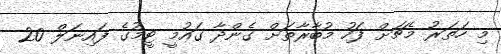
މި ހަތަރު މެޗަށް ފަހު މުބާރާތަށް ގެންދާ ގައުމީ ޓީމުގެ ފައިނަލް 20